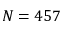
N = 4 5 7